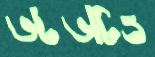
ভটভটিও